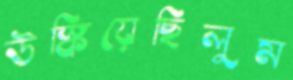
উস্‌কিয়েছিলুম